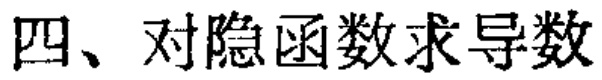
四、对隐函数求导数